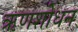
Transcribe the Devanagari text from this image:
ऋणशोधन